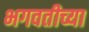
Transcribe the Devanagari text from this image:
भगवतीच्या